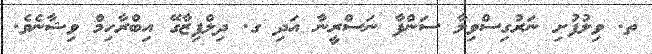
ތ. ވިލުފުށި ނަރުގިސްވިލާ ސަންފާ ނަސްރީނާ އަދި ގ. ދިލްފިޒާގޭ އިބްރާހިމް ވިޝާނެވެ.